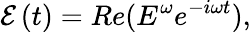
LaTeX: \mathcal{E}\left(t\right)=Re(E^{\omega}e^{-i\omega t}),